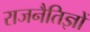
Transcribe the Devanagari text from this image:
राजनैतिज्ञों